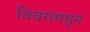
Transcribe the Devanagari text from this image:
विवरांमधून